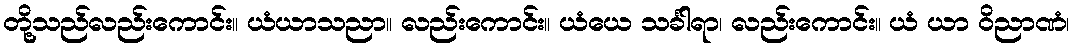
တို့သည်လည်းကောင်း။ ယံယာသညာ။ လည်းကောင်း။ ယံယေ သင်္ခါရာ၊ လည်းကောင်း။ ယံ ယာ ဝိညာဏံ၊